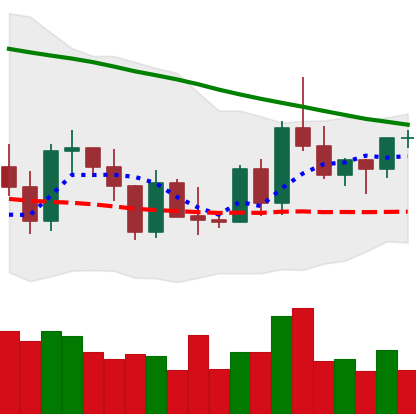
Ticker: XRP-USD
Chart end date: 2022-03-17
Forward return: 5.494%
Label: up_5_7